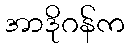
အာဒိုဂန်က